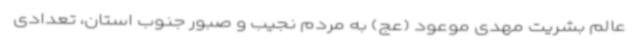
عالم بشریت مهدی موعود (عج) به مردم نجیب و صبور جنوب استان، تعدادی